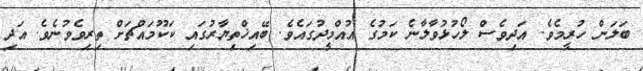
ބަލަން ހުރީމެވެ. އަދިވެސް ލޯހުޅުވާލާނެ ކަމުގެ އުއްމީދުގައެވެ. ބޭއިޚްތިޔާރުގައި ކަކޫމައްޗަށް ތިރިވެވުނެވެ. އަދި